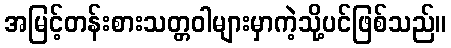
အမြင့်တန်းစားသတ္တဝါများမှာကဲ့သို့ပင်ဖြစ်သည်။